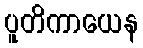
ပူတိကာယေန